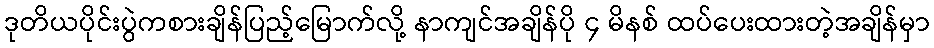
ဒုတိယပိုင်းပွဲကစားချိန်ပြည့်မြောက်လို့ နာကျင်အချိန်ပို ၄ မိနစ် ထပ်ပေးထားတဲ့အချိန်မှာ